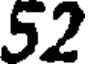
52